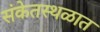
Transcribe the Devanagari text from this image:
संकेतस्थळात